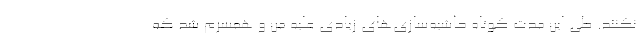
نکنند. طی این مدت کوتاه حاشیه‌سازی‌های زیادی علیه من و همسرم شد که